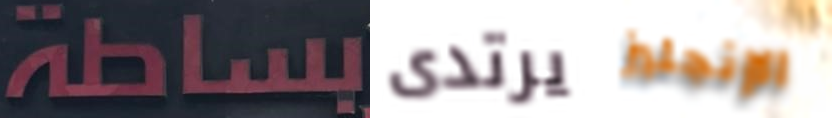
بساطة يرتدى الإنجليز